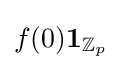
f(0)\mathbf {1} _{\mathbb {Z} _{p}}